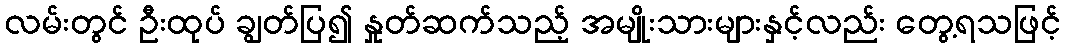
လမ်းတွင် ဦးထုပ် ချွတ်ပြ၍ နှုတ်ဆက်သည့် အမျိုးသားများနှင့်လည်း တွေ့ရသဖြင့်